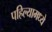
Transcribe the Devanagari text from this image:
पहिल्यामध्ये